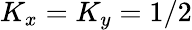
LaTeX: K_{x}=K_{y}=1/2